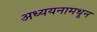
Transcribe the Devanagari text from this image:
अध्ययनामधून